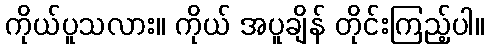
ကိုယ်ပူသလား။ ကိုယ် အပူချိန် တိုင်းကြည့်ပါ။